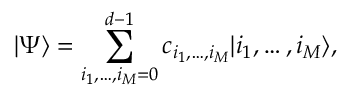
\vert \Psi \rangle = \sum _ { i _ { 1 } , \dots , i _ { M } = 0 } ^ { d - 1 } c _ { i _ { 1 } , \dots , i _ { M } } \vert i _ { 1 } , \dots , i _ { M } \rangle ,